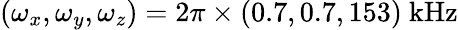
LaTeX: (\omega_{x},\omega_{y},\omega_{z})=2\pi\times(0.7,0.7,153)~\mathrm{{kHz}}